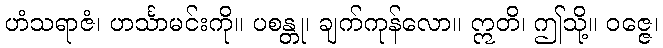
ဟံသရာဇံ၊ ဟင်္သာမင်းကို။ ပစန္တု၊ ချက်ကုန်လော။ ဣတိ၊ ဤသို့။ ဝဇ္ဇေ၊